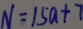
N = 1 5 a + 7